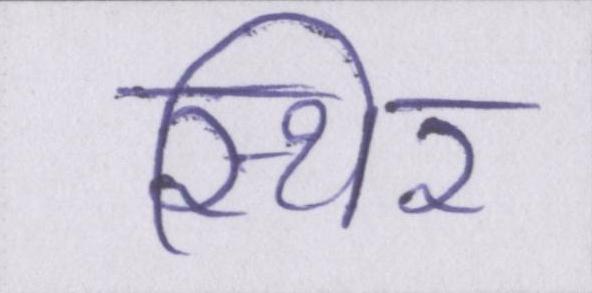
स्थिर